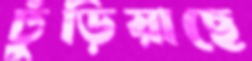
ঢুঁড়িয়াছে